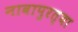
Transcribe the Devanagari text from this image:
नावापुरत्या